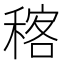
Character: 𥠑